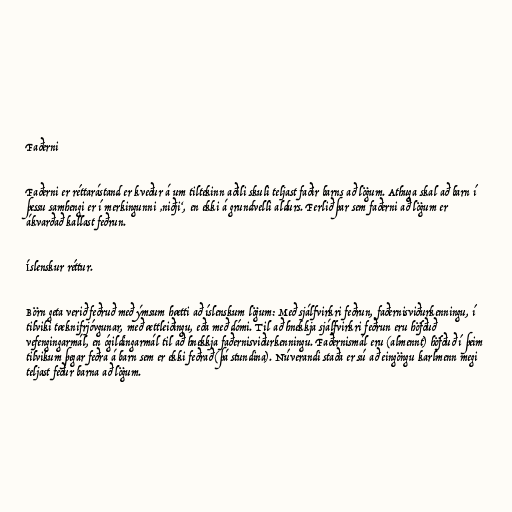
Faðerni

Faðerni er réttarástand er kveður á um tiltekinn aðili skuli teljast faðir barns að lögum. Athuga skal að barn í
þessu samhengi er í merkingunni ‚niðji‘, en ekki á grundvelli aldurs. Ferlið þar sem faðerni að lögum er
ákvarðað kallast feðrun.

Íslenskur réttur.

Börn geta verið feðruð með ýmsum hætti að íslenskum lögum: Með sjálfvirkri feðrun, faðernisviðurkenningu, í
tilviki tæknifrjóvgunar, með ættleiðingu, eða með dómi. Til að hnekkja sjálfvirkri feðrun eru höfðuð
vefengingarmál, en ógildingarmál til að hnekkja faðernisviðurkenningu. Faðernismál eru (almennt) höfðuð í þeim
tilvikum þegar feðra á barn sem er ekki feðrað (þá stundina). Núverandi staða er sú að eingöngu karlmenn megi
teljast feður barna að lögum.